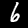
Label: 6